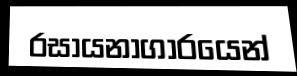
රසායනාගාරයෙන්